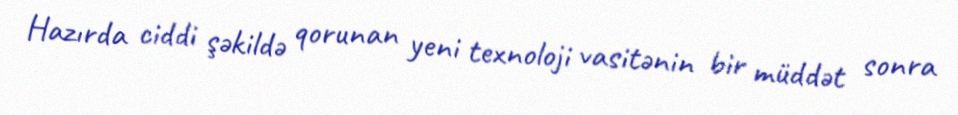
Hazırda ciddi şəkildə qorunan yeni texnoloji vasitənin bir müddət sonra